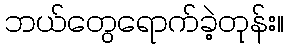
ဘယ်တွေရောက်ခဲ့တုန်း။